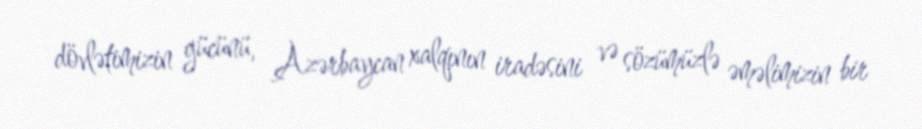
dövlətimizin gücünü, Azərbaycan xalqının iradəsini və sözümüzlə əməlimizin bir